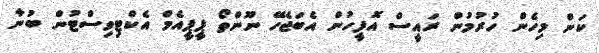
ކަން މިހެން ހުރުމުން ރައީސް އޮފީހުން އެބަޖެހޭ ނޫންތޯ ޕީޕީއެމް އެކްޓިވިސްޓުން ބުނާ